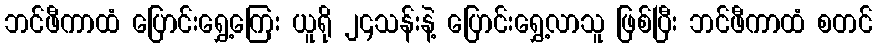
ဘင်ဖီကာထံ ပြောင်းရွှေ့ကြေး ယူရို ၂၄သန်းနဲ့ ပြောင်းရွှေ့လာသူ ဖြစ်ပြီး ဘင်ဖီကာထံ စတင်